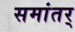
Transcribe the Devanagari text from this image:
समांतर्